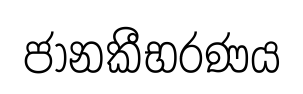
ජානකීභරණය